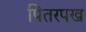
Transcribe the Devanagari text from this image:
पितरपख